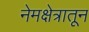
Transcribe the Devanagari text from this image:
नेमक्षेत्रातून